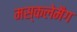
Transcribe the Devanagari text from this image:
मस्कलेमैग